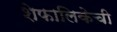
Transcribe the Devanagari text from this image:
शेफालिकेची